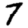
Digit: 7